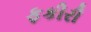
ફકીરી